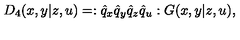
D _ { 4 } ( x , y | z , u ) = : \hat { q } _ { x } \hat { q } _ { y } \hat { q } _ { z } \hat { q } _ { u } : G ( x , y | z , u ) ,